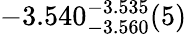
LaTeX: -3.540_{-3.560}^{-3.535}(5)